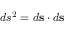
d s ^ { 2 } = d { \bf s } \cdot d { \bf s }